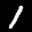
Label: 1